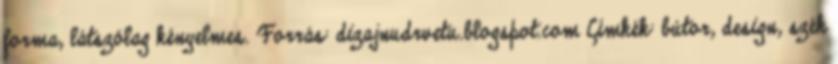
forma, látszólag kényelmes. Forrás: dizajnudrvetu.blogspot.com Címkék: bútor, design, szék